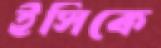
ইসিকে